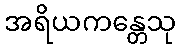
အရိယကန္တေသု